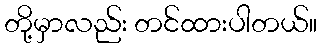
တို့မှာလည်း တင်ထားပါတယ်။